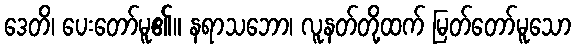
ဒေတိ၊ ပေးတော်မူ၏။ နရာသဘော၊ လူနတ်တို့ထက် မြတ်တော်မူသော